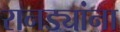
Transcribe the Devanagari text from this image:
रानड्यांना